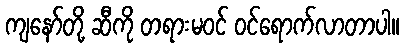
ကျနော်တို့ ဆီကို တရားမဝင် ဝင်ရောက်လာတာပါ။